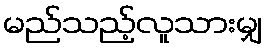
မည်သည့်လူသားမျှ